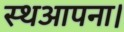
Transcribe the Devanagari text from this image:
स्थआपना।